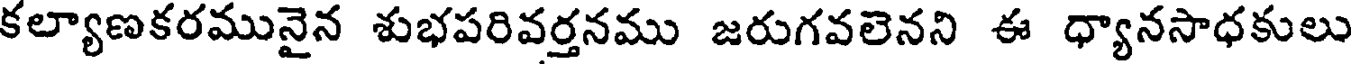
కల్యాణకరమునైన శుభపరివర్తనము జరుగవలెనని ఈ ధ్యానసాధకులు